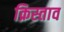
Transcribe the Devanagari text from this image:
क्रिस्ताव